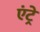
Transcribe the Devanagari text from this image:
एंट्रे